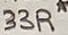
Text: 33R*